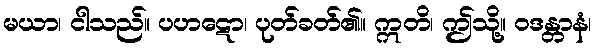
မယာ၊ ငါသည်။ ပဟဋော၊ ပုတ်ခတ်၏။ ဣတိ၊ ဤသို့။ ဝဒန္တာနံ၊